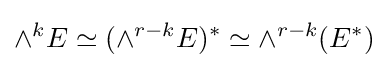
\wedge ^{k}E\simeq (\wedge ^{r-k}E)^{*}\simeq \wedge ^{r-k}(E^{*})